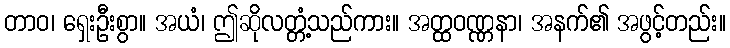
တာဝ၊ ရှေးဦးစွာ။ အယံ၊ ဤဆိုလတ္တံ့သည်ကား။ အတ္ထဝဏ္ဏနာ၊ အနက်၏ အဖွင့်တည်း။